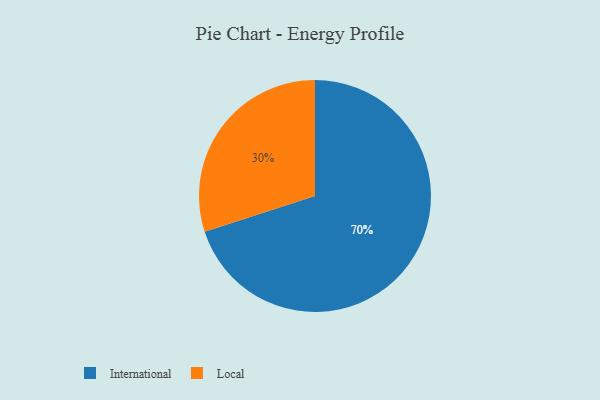
{"axis": {"x": "Category", "y": "Percentage"}, "legend": ["International", "Local"], "data": [{"x": "Local", "y": 30, "type": "Local"}, {"x": "International", "y": 70, "type": "International"}]}